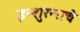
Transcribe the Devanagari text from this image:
इन्‍शुरन्‍सचे